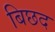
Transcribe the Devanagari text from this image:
बिछद